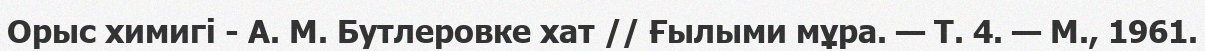
Орыс химигі - А. М. Бутлеровке хат // Ғылыми мұра. — Т. 4. — М., 1961.